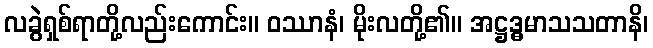
လခွဲရှစ်ရာတို့လည်းကောင်း။ ဝဿာနံ၊ မိုးလတို့၏။ အဋ္ဌဒ္ဓမာသသတာနိ၊